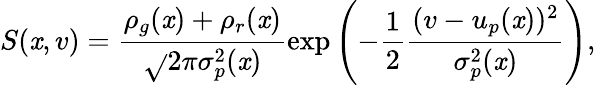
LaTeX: S(\mathit{x},v)=\frac{{\rho_{g}(\mathit{x})+\rho_{r}(\mathit{x})}}{{\sqrt{}{{2\pi\sigma_{p}^{2}(\mathit{x})}}}}\exp\left(-\frac{{1}}{{2}}\frac{{(v-u_{p}(\mathit{x}))^{2}}}{{\sigma_{p}^{2}(\mathit{x})}}\right),